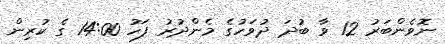
ނޮވެންބަރު 12 ވާ ބުދަ ދުވަހުގެ މެންދުރު ފަހު 14:00 ގެ ކުރިން